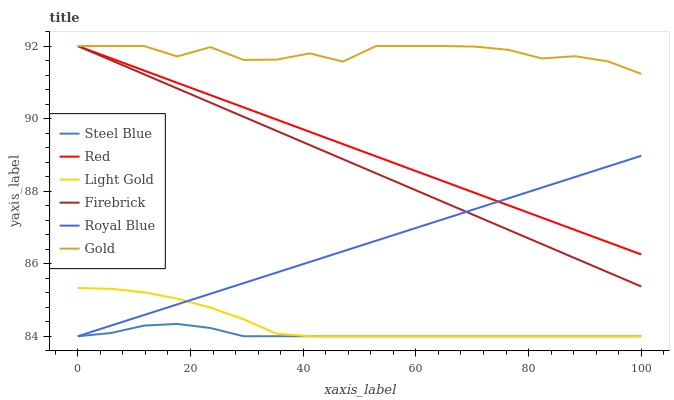
| xaxis_label | Steel Blue | Red | Light Gold | Firebrick | Royal Blue | Gold |
 | --- | --- | --- | --- | --- | --- | --- |
 | 0 | 84 | 92 | 85.3 | 92 | 84 | 92 |
 | 5.88 | 84.1 | 91.7 | 85.3 | 91.6 | 84.3 | 92 |
 | 11.8 | 84.3 | 91.3 | 85.2 | 91.2 | 84.6 | 92 |
 | 17.6 | 84.3 | 91 | 85 | 90.8 | 84.9 | 91.7 |
 | 23.5 | 84.2 | 90.6 | 84.8 | 90.4 | 85.2 | 92 |
 | 29.4 | 84 | 90.3 | 84.5 | 90.1 | 85.5 | 91.6 |
 | 35.3 | 84 | 90 | 84.1 | 89.7 | 85.8 | 91.6 |
 | 41.2 | 84 | 89.6 | 84 | 89.3 | 86 | 91.8 |
 | 47.1 | 84 | 89.3 | 84 | 88.9 | 86.3 | 91.6 |
 | 52.9 | 84 | 89 | 84 | 88.5 | 86.6 | 92 |
 | 58.8 | 84 | 88.6 | 84 | 88.1 | 86.9 | 92 |
 | 64.7 | 84 | 88.3 | 84 | 87.7 | 87.2 | 92 |
 | 70.6 | 84 | 87.9 | 84 | 87.3 | 87.5 | 92 |
 | 76.5 | 84 | 87.6 | 84 | 86.9 | 87.8 | 91.9 |
 | 82.4 | 84 | 87.3 | 84 | 86.5 | 88.1 | 91.7 |
 | 88.2 | 84 | 86.9 | 84 | 86.2 | 88.4 | 91.7 |
 | 94.1 | 84 | 86.6 | 84 | 85.8 | 88.7 | 91.6 |
 | 100 | 84 | 86.3 | 84 | 85.4 | 89 | 91.2 |